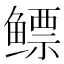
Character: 鳔